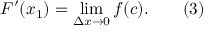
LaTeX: F ^ { \prime } ( x _ { 1 } ) = \operatorname* { l i m } _ { \Delta x \to 0 } f ( c ) . \qquad ( 3 )